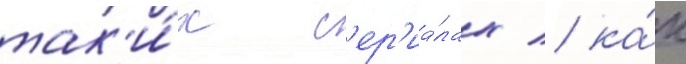
так'и́х с'ер'иа́лах / ка́к